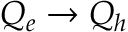
Q _ { e } \to Q _ { h }